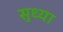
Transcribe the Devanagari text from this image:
सुध्या